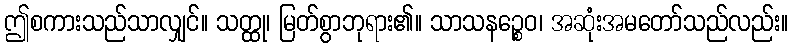
ဤစကားသည်သာလျှင်။ သတ္ထု၊ မြတ်စွာဘုရား၏။ သာသနဉ္စေဝ၊ အဆုံးအမတော်သည်လည်း။